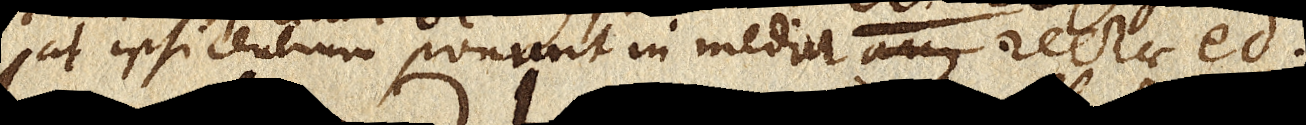
at ipsi centrum ponunt in media arcus rectae ed.